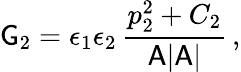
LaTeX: \mathsf{G}_{2}=\epsilon_{1}\epsilon_{2}\, \frac{p_{2}^{2}+C_{2}}{\mathsf{A}|\mathsf{A}|}\, ,